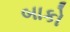
બાકો